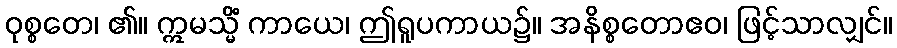
ဝုစ္စတေ၊ ၏။ ဣမသ္မိံ ကာယေ၊ ဤရူပကာယ၌။ အနိစ္စတောဧဝ၊ ဖြင့်သာလျှင်။